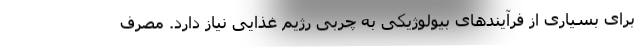
برای بسیاری از فرآیندهای بیولوژیکی به چربی رژیم غذایی نیاز دارد. مصرف